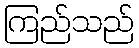
ကြည်သည်